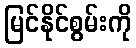
မြင်နိုင်စွမ်းကို